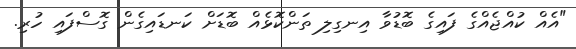
"އެއް ކުއްޖެއްގެ ފައިގެ ބޮޑުވާ އިނގިލި ތަންކޮޅެއް ބޮޑަށް ކަނޑައިގެން ގޮސްފައި ހުރި.